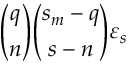
{ \binom { q } { n } } { \binom { s _ { m } - q } { s - n } } \varepsilon _ { s }